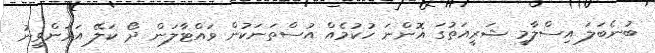
ބުނެބަލަ އިސްލާމީ ޝަރީއަތުގަ އޮންނަ ހުކުމެއް އުސްތަނަކުން ވައްޓާލަން ދޯ ކަލޭ އަރަންވީނު